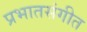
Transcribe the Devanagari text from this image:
प्रभातसंगीत